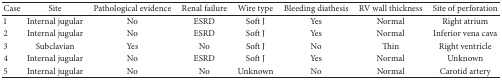
<table><thead><tr><td><b>Case</b></td><td><b>Site </b></td><td><b>Pathological evidence</b></td><td><b>Renal failure</b></td><td><b>Wire type</b></td><td><b>Bleeding diathesis</b></td><td><b>RV wall thickness</b></td><td><b>Site of perforation</b></td></tr></thead><tbody><tr><td>1</td><td>Internal jugular</td><td>No</td><td>ESRD</td><td>Soft J</td><td>Yes</td><td>Normal</td><td>Right atrium</td></tr><tr><td>2</td><td>Internal jugular</td><td>No</td><td>ESRD</td><td>Soft J</td><td>Yes</td><td>Normal</td><td>Inferior vena cava</td></tr><tr><td>3</td><td>Subclavian</td><td>Yes</td><td>No</td><td>Soft J</td><td>No</td><td>Thin</td><td>Right ventricle</td></tr><tr><td>4</td><td>Internal jugular</td><td>No</td><td>ESRD</td><td>Soft J</td><td>Yes</td><td>Normal</td><td>Unknown</td></tr><tr><td>5</td><td>Internal jugular</td><td>No</td><td>No</td><td>Unknown</td><td>No</td><td>Normal</td><td>Carotid artery</td></tr></tbody></table>